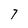
Character: 7